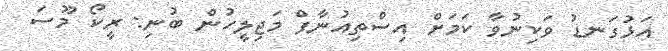
އަޅުގަނޑު ވަކިނުވާ ކަމަށް އިސްތިއުނާފް މަޖިލީހުން ބުނި: ރީކޯ މޫސަ